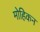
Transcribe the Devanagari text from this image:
मोहिकन